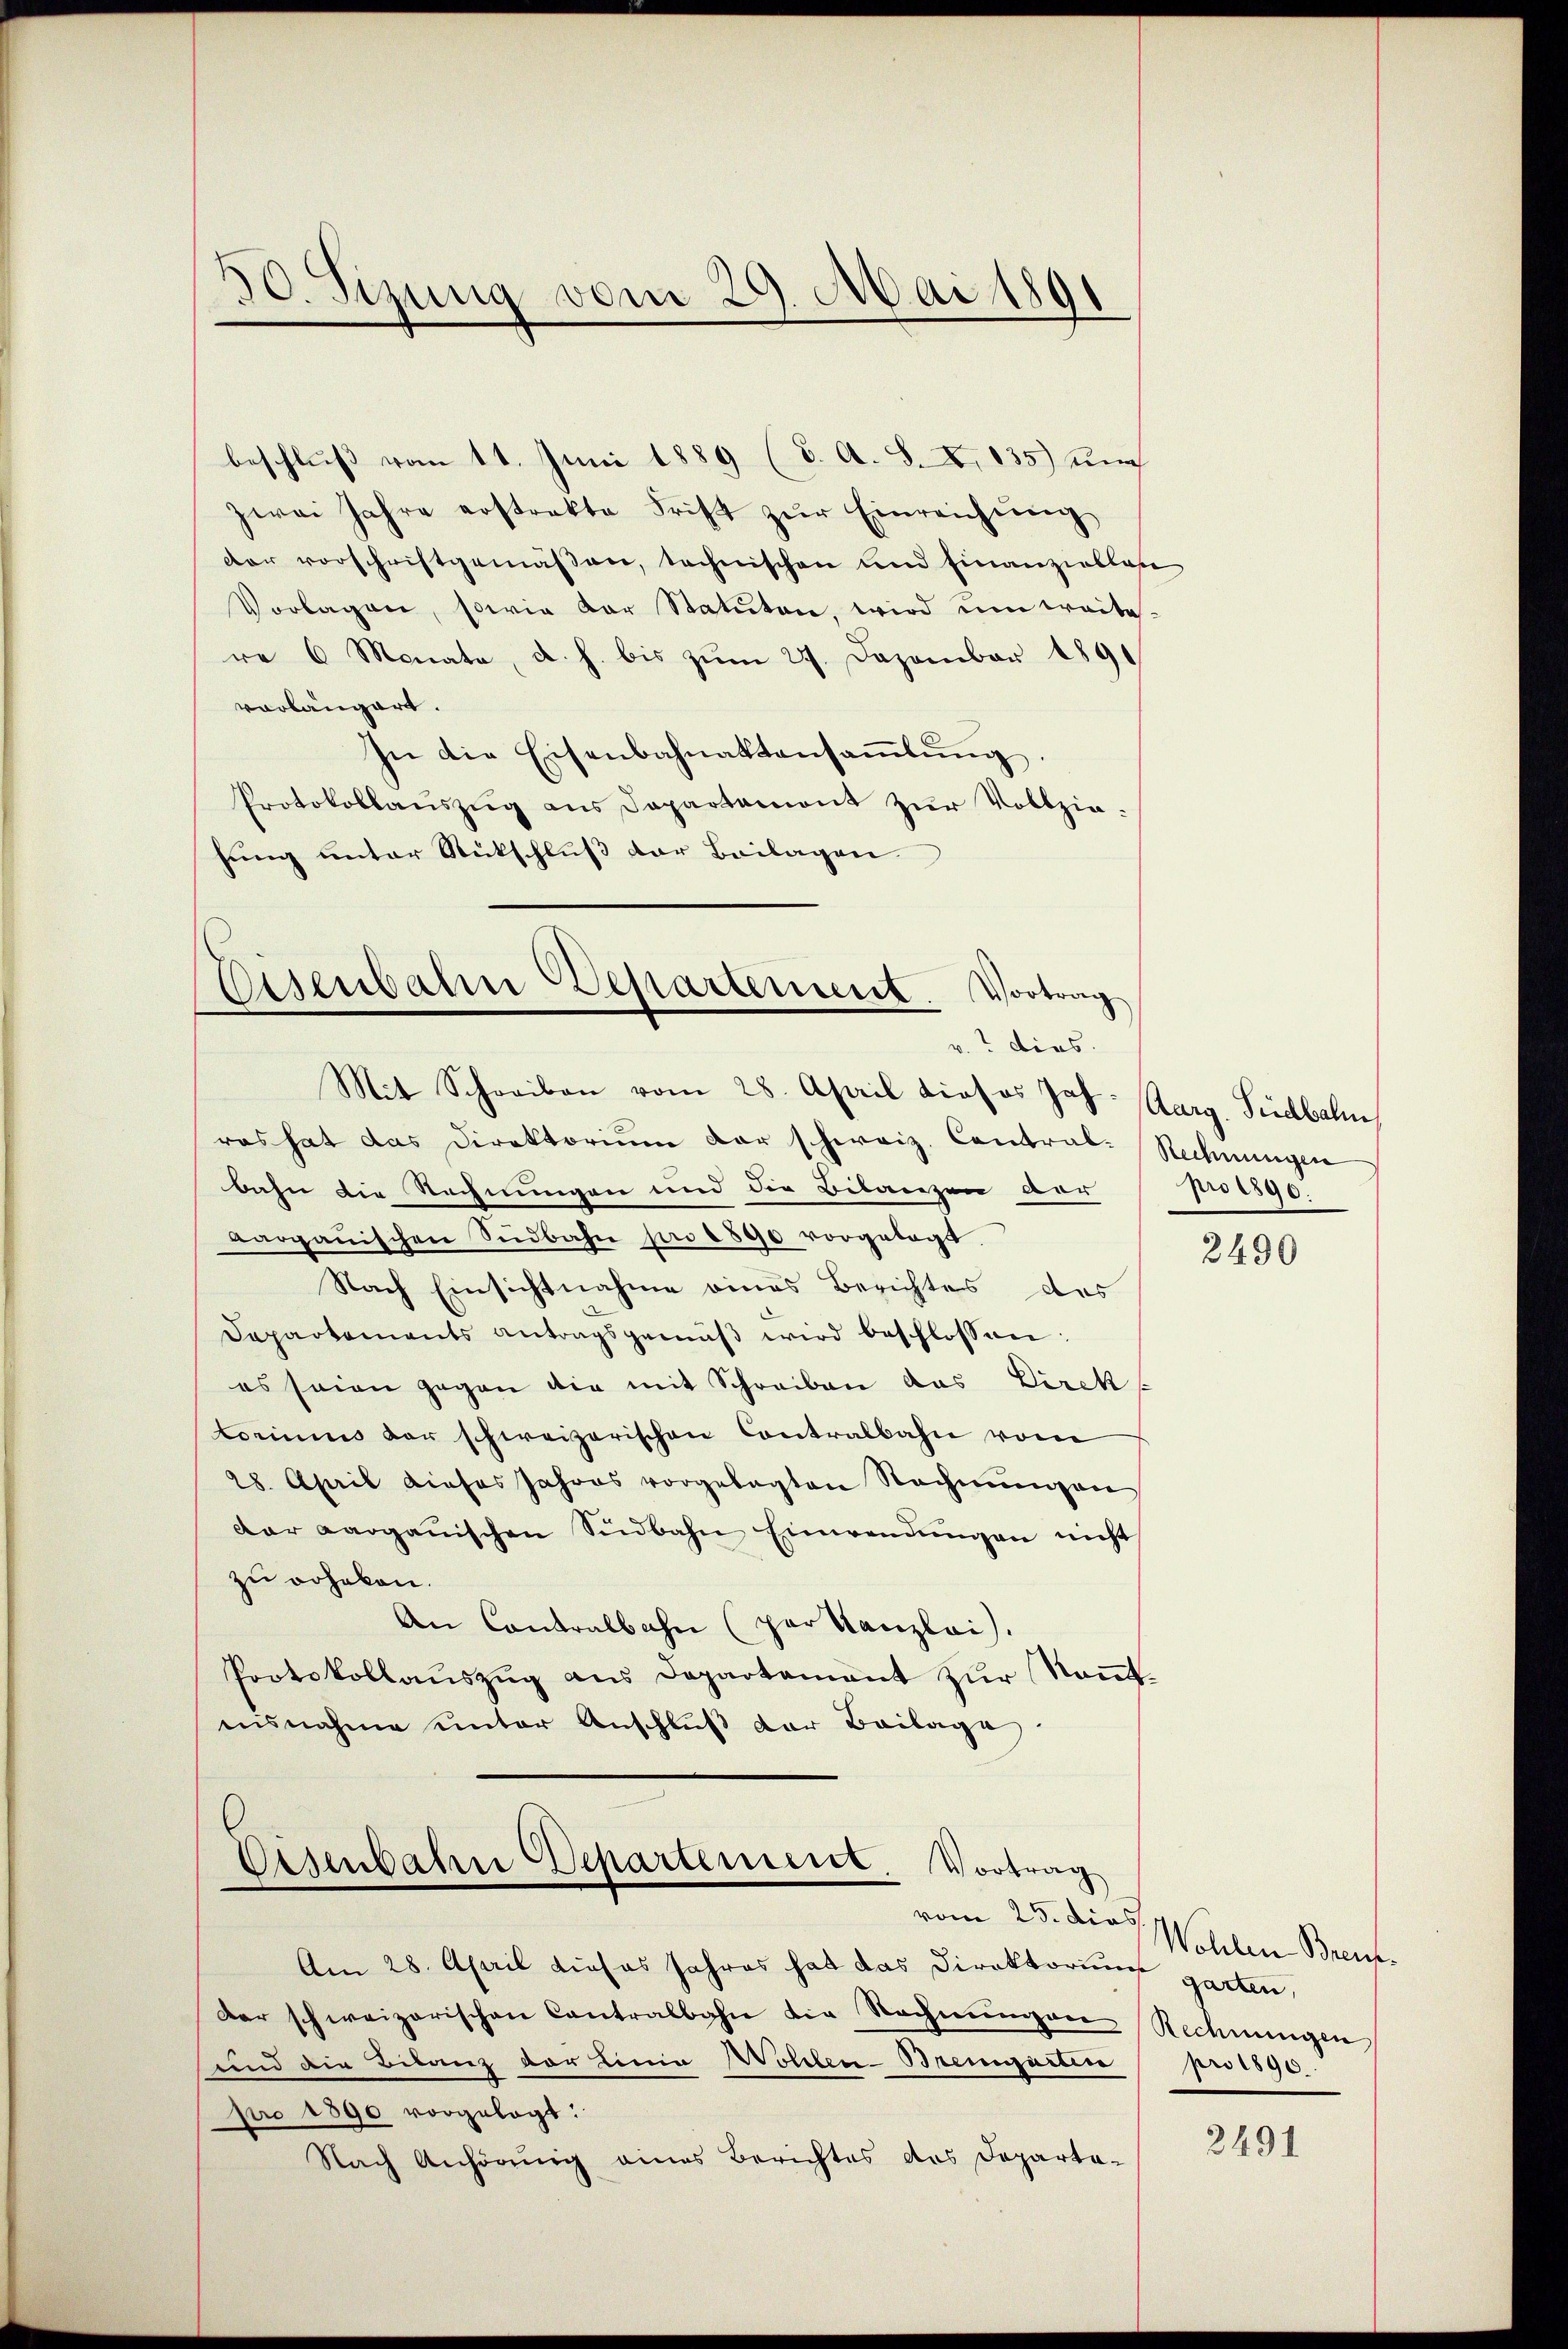
50. Sizung vom 29. Mai 1891

beschluß vom 11. Juni 1889 (8. A. S. X. 135) Auch
zwei Jahre erstrakte Frist zur Einreichung
der vorschriftgemäßen, technischen und Finanziellose
Vorlagen, sowie der Statuten, wird im weite
re 6 Monate, d. h. bis zŭm 27. Dezember 1891
vorlängert.
In die Eisenbahnaktansaṁlŭng.
Protokollaŭszŭg ans Departament zŭr Vollzie-
hung unter Rückschluß der Beilagen

Eisenbahn Departement. Vortrag
v.? dies
Mit Schreiben vom 28. April dieses Jos. Aarg. Südbahn,

ras hat das Direktorium der schweiz. Contral-Rechnungen
bahn die Rechnungen und der Bilanzen ver
vargauischen Südbahn pro 1890 vorgelegt.
Nach Einsichtnahme eines Berichtes des
Departements antragsgemäβ wird beschlossen:
es seien gegen die mit Schreiben das Direk
toriums der schweizerischen Contralbahn vom
28. April dieses Jahres vorgelegten Nachmungen
dar aarganischen Südbahn Einwendŭngen nicht
zu erheben.
An Contralbahn (par Kanzlei.
Protokollauszug aus Departement zur Kenntasnahme unter Anschlŭβ der Beilage.

Eisenbahne Departement. Vortrag

pro 1890.

Am 28. April dieses schres hat das Direktorum garten,
Dar schweizerischen Contralbahn die Rechnŭngen Rechnungen
und die Bilanz vor Linie Wollen-Bremgarten
pro 1890 vorgelegt:
Nach Anhörung eines Berichtes des Departe-

2490

vom 25. die Wohlen Bren
pro 1890.

2491